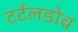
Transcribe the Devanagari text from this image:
टर्टलडोव